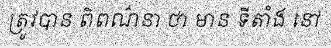
ត្រូវបាន ពិពណ៌នា ថា មាន ទីតាំង នៅ